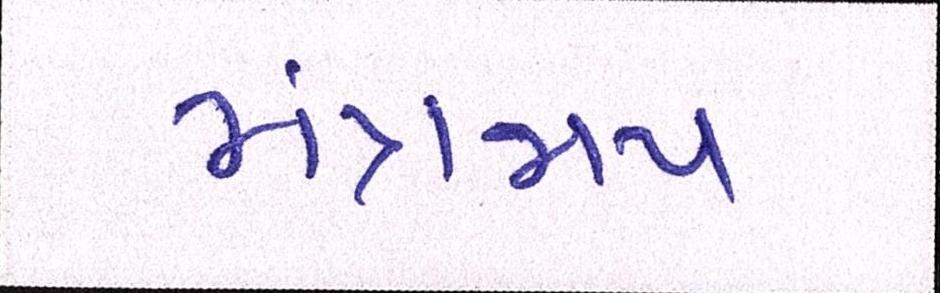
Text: મંત્રજાપ